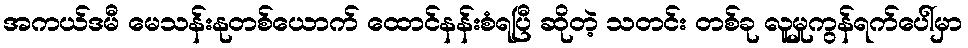
အကယ်ဒမီ မေသန်းနုတစ်ယောက် ထောင်နန်းစံရပြီ ဆိုတဲ့ သတင်း တစ်ခု လူမှုကွန်ရက်ပေါ်မှာ